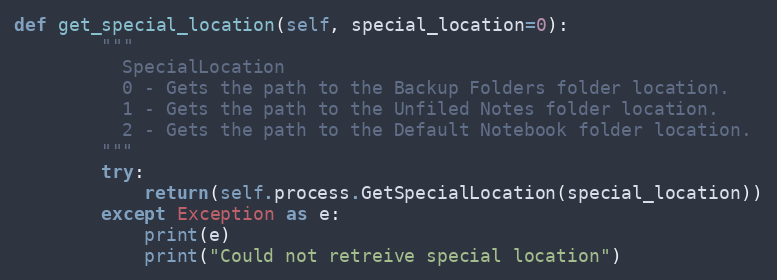
Language: Python
def get_special_location(self, special_location=0):
        """
          SpecialLocation
          0 - Gets the path to the Backup Folders folder location.
          1 - Gets the path to the Unfiled Notes folder location.
          2 - Gets the path to the Default Notebook folder location.
        """
        try:
            return(self.process.GetSpecialLocation(special_location))
        except Exception as e:
            print(e)
            print("Could not retreive special location")